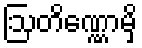
ဩတိဏ္ဏောမှိ